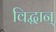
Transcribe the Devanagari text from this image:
विद्धान्‌